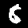
Digit: 8